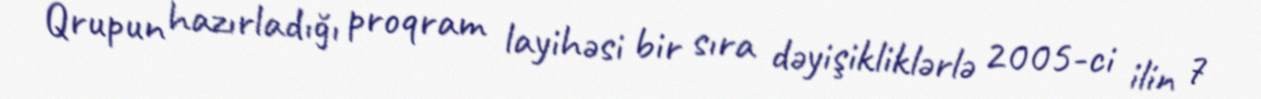
Qrupun hazırladığı proqram layihəsi bir sıra dəyişikliklərlə 2005-ci ilin 7